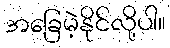
အခြေမဲ့နိုင်လို့ပါ။